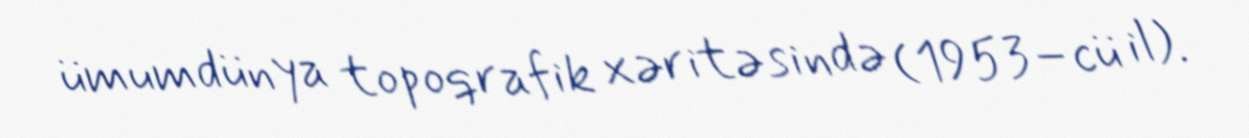
ümumdünya topoqrafik xəritəsində (1953–cü il).